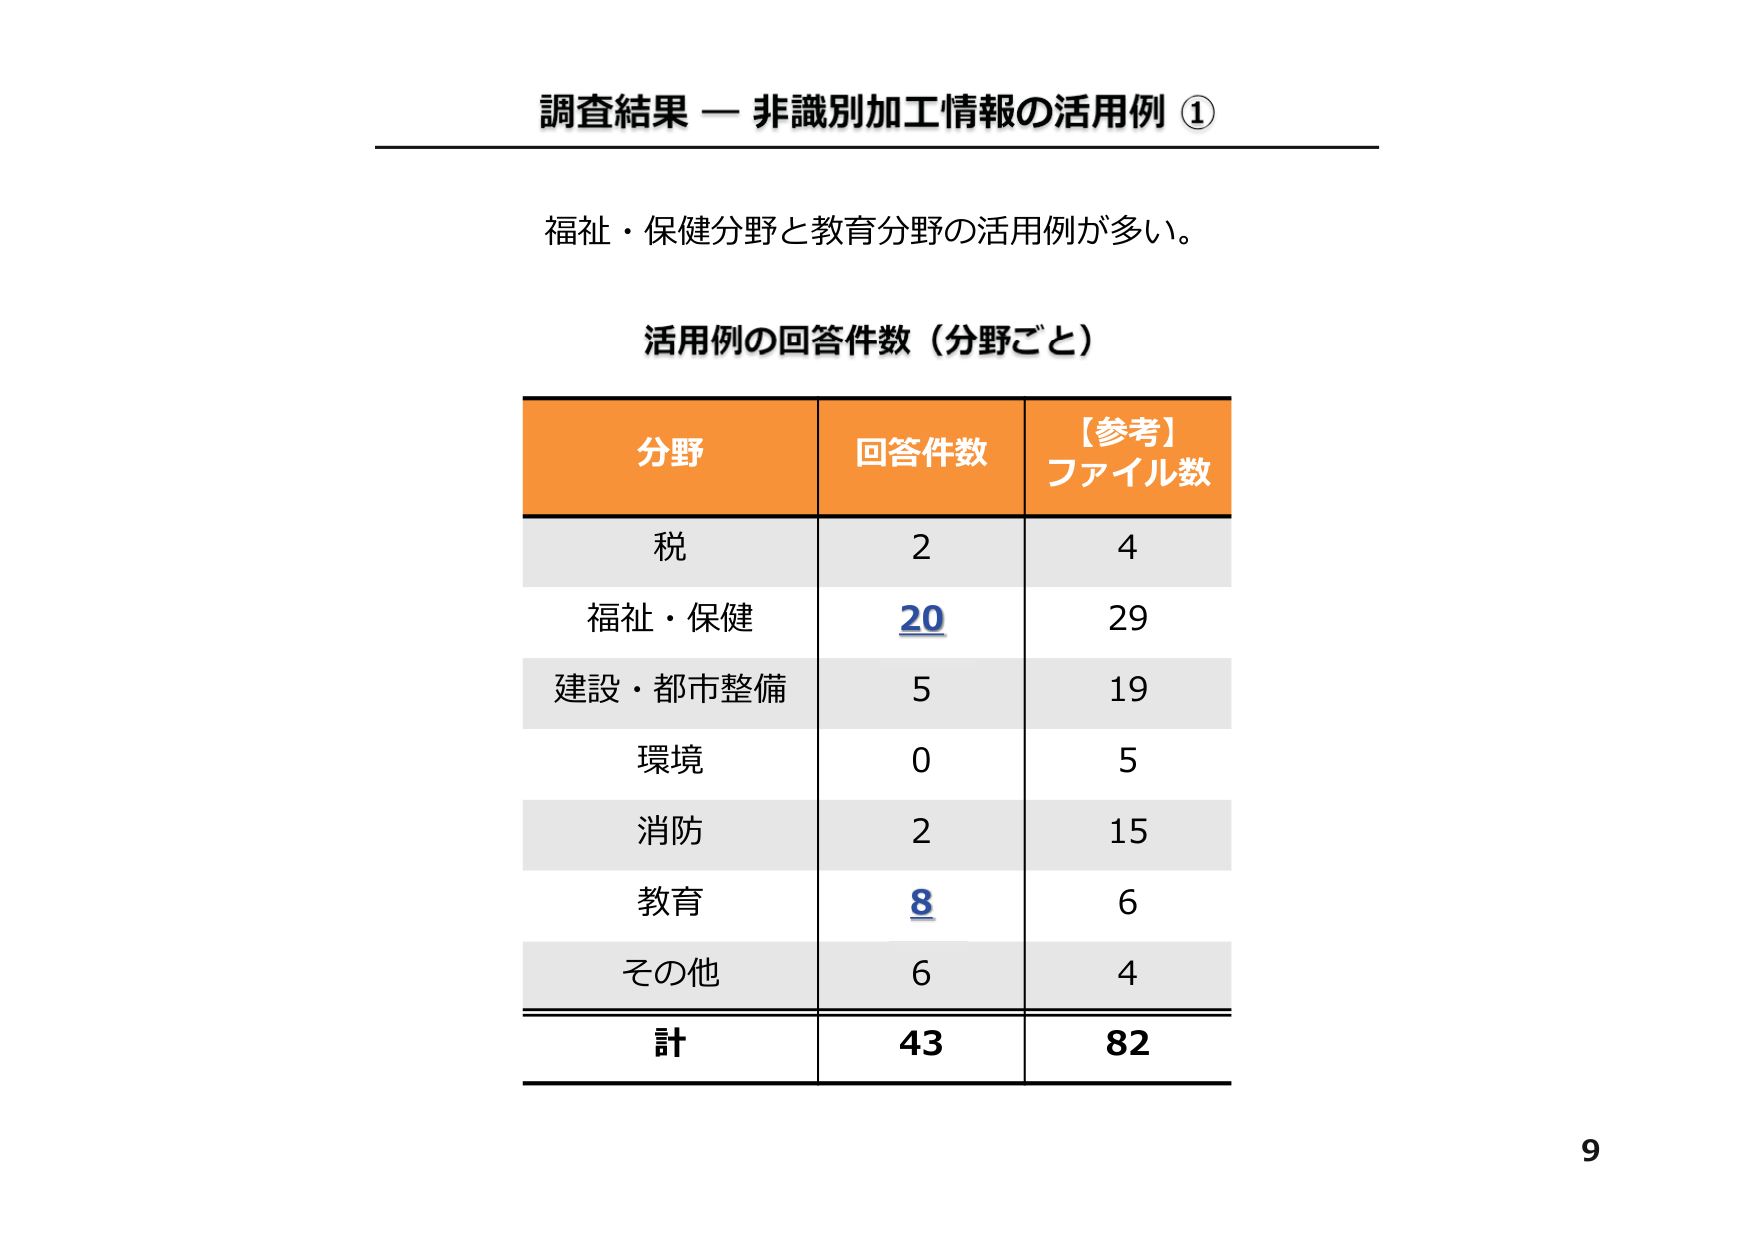
調査結果 — 非識別加工情報の活用例 ①

福祉・保健分野と教育分野の活用例が多い。

活用例の回答件数（分野ごと）

分野 回答件数 【参考】ファイル数
税 2 4
福祉・保健 20 29
建設・都市整備 5 19
環境 0 5
消防 2 15
教育 8 6
その他 6 4
計 43 82

9